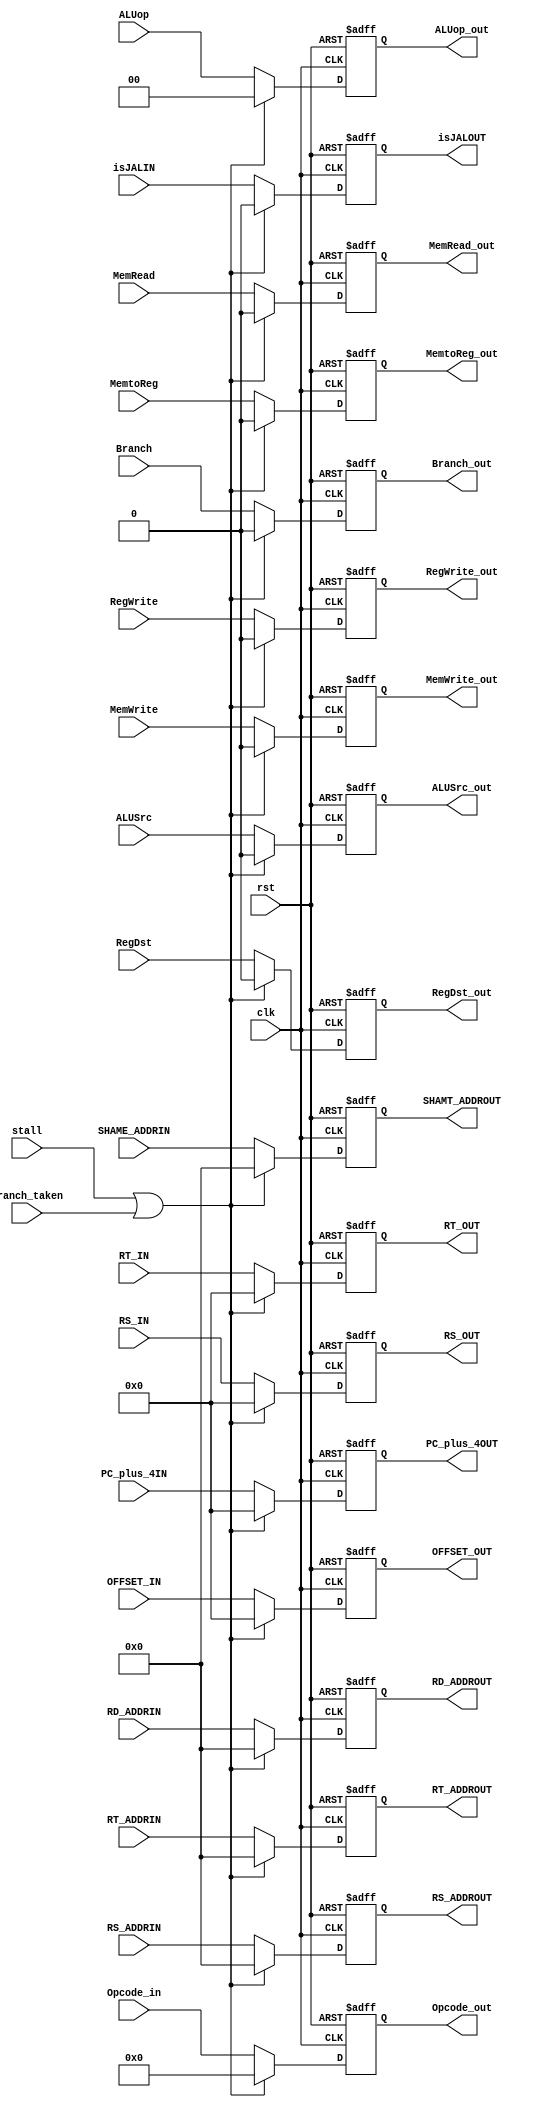
module ID_EXreg( clk,rst,RS_ADDRIN,RT_ADDRIN,RD_ADDRIN,SHAME_ADDRIN,RS_IN,RT_IN,
						OFFSET_IN,RegWrite,MemtoReg,Branch,MemRead,MemWrite,RegDst,ALUSrc,ALUop,RS_ADDROUT,
						RT_ADDROUT,RD_ADDROUT,SHAMT_ADDROUT,RS_OUT,RT_OUT,OFFSET_OUT,ALUop_out,
						RegWrite_out,MemtoReg_out,Branch_out,MemRead_out,MemWrite_out,RegDst_out,ALUSrc_out,
						Opcode_in,Opcode_out,stall,branch_taken,PC_plus_4IN,PC_plus_4OUT,isJALIN,isJALOUT		//new
						);
input clk,rst,branch_taken;
input [4:0] RS_ADDRIN,RT_ADDRIN,RD_ADDRIN,SHAME_ADDRIN;
input [31:0] RS_IN,RT_IN;
input [31:0] OFFSET_IN;
input [31:0] PC_plus_4IN;
input RegWrite,MemtoReg,Branch,MemRead,MemWrite,RegDst,ALUSrc;
input [1:0] ALUop;
input isJALIN;
output [4:0] RS_ADDROUT,RT_ADDROUT,RD_ADDROUT,SHAMT_ADDROUT;
output [31:0] RS_OUT,RT_OUT;
output [31:0] OFFSET_OUT;
output [31:0] PC_plus_4OUT;
output RegWrite_out,MemtoReg_out,Branch_out,MemRead_out,MemWrite_out,RegDst_out,ALUSrc_out;
output [1:0] ALUop_out; 
output isJALOUT;
reg [4:0] RS_ADDROUT,RT_ADDROUT,RD_ADDROUT,SHAMT_ADDROUT;
reg [31:0] RS_OUT,RT_OUT;
reg [31:0] OFFSET_OUT;
reg RegWrite_out_0,MemtoReg_out,Branch_out,MemRead_out,MemWrite_out,RegDst_out,ALUSrc_out;
reg [1:0] ALUop_out;
//new
input	[5:0]	Opcode_in;
output	[5:0]	Opcode_out;
reg	[5:0]	Opcode_out;
input	stall;

always@(posedge clk or posedge rst)
begin
	if(rst ) 
	begin
		OFFSET_OUT <= 32'b0;
		RT_ADDROUT <= 5'b0;
		RD_ADDROUT <= 5'b0;
		RS_OUT <= 32'b0;
		RT_OUT <= 32'b0;
		RegWrite_out <= 0;
		MemtoReg_out <= 0;
		Branch_out <= 0;
		MemRead_out <= 0;
		MemWrite_out <= 0;
		RegDst_out <= 0;
		ALUSrc_out <= 0;
		ALUop_out <= 2'b0;
		SHAMT_ADDROUT <= 0;
		RS_ADDROUT <= 0;
		Opcode_out <= 6'b0;	
		PC_plus_4OUT <= 32'b0;
		isJALOUT <= 0;	//new
	end
	else if(stall || branch_taken) 
	begin
		OFFSET_OUT <= 32'b0;
		RT_ADDROUT <= 5'b0;
		RD_ADDROUT <= 5'b0;
		RS_OUT <= 32'b0;
		RT_OUT <= 32'b0;
		RegWrite_out <= 0;
		MemtoReg_out <= 0;
		Branch_out <= 0;
		MemRead_out <= 0;
		MemWrite_out <= 0;
		RegDst_out <= 0;
		ALUSrc_out <= 0;
		ALUop_out <= 2'b0;
		SHAMT_ADDROUT <= 0;
		RS_ADDROUT <= 0;
		Opcode_out <= 6'b0;
		PC_plus_4OUT <= 32'b0;
		isJALOUT <= 0;		//new
	end
	else begin
		OFFSET_OUT <= OFFSET_IN;
		RT_ADDROUT <= RT_ADDRIN;
		RD_ADDROUT <= RD_ADDRIN;
		RS_OUT <= RS_IN;
		RT_OUT <= RT_IN;
		RegWrite_out <= RegWrite;
		MemtoReg_out <= MemtoReg;
		Branch_out <= Branch;
		MemRead_out <= MemRead;
		MemWrite_out <= MemWrite;
		RegDst_out <= RegDst;
		ALUSrc_out <= ALUSrc;
		ALUop_out <= ALUop;
		SHAMT_ADDROUT <= SHAME_ADDRIN;
		RS_ADDROUT <= RS_ADDRIN;
		Opcode_out <= Opcode_in;	
		PC_plus_4OUT <= PC_plus_4IN;
		isJALOUT <= isJALIN;  //new
	end
end
endmodule